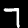
Label: 7